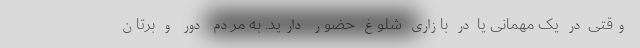
وقتی در یک مهمانی یا در بازاری شلوغ حضور دارید. به مردم دور و برتان